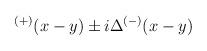
LaTeX: \begin{align*}^{\left( +\right) }(x-y)\pm i\Delta ^{\left( -\right) }(x-y)\end{align*}